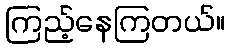
ကြည့်နေကြတယ်။